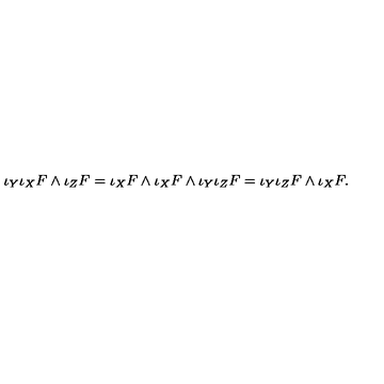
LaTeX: \iota _ { Y } \iota _ { X } F \wedge \iota _ { Z } F = \iota _ { X } F \wedge \iota _ { X } F \wedge \iota _ { Y } \iota _ { Z } F = \iota _ { Y } \iota _ { Z } F \wedge \iota _ { X } F .